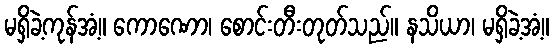
မရှိခဲ့ကုန်အံ့။ ကောဏော၊ စောင်းတီးတုတ်သည်။ နသိယာ၊ မရှိခဲ့အံ့။